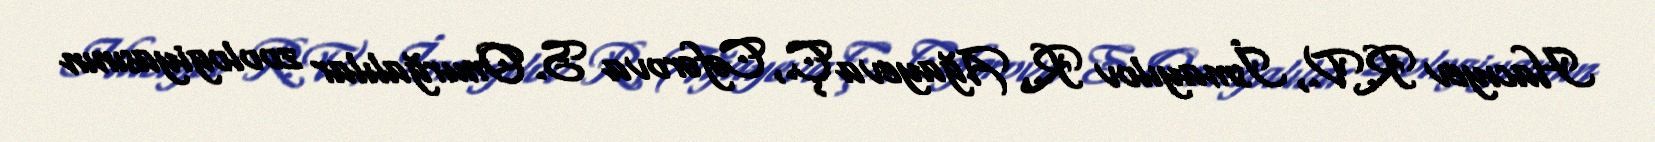
Hacıyev R.V., İsmayılov R., Ağayeva Ç., Cəfərova S. Onurğalılar zoologiyasının